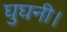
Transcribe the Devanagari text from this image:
घुघनी।